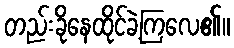
တည်းခိုနေထိုင်ခဲ့ကြလေ၏။